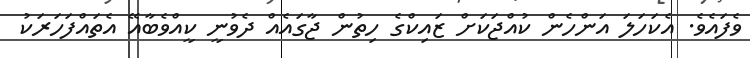
ވެފައެވެ. އެކަހަލަ އަންހެން ކުއްޖަކަށް ޒައިކްގެ ހިތުން ޖާގައެއް ދެވުނީ ކީއްވެބާއޭ އެތައްފަހަރަކު